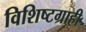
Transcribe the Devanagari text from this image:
विशिष्टग्राही